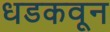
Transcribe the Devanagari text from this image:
धडकवून